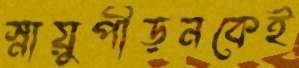
স্নায়ুপীড়নকেই